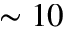
\sim 1 0